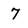
Character: 7